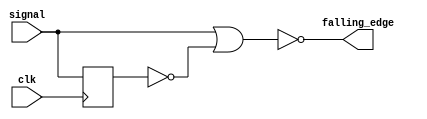
`timescale 1ns / 1ps
//////////////////////////////////////////////////////////////////////////////////
// Company: 
// Engineer: 
// 
// Design Name: 
// Module Name: falling_edge_detector_module
// Project Name: 
// Target Devices: 
// Tool Versions: 
// Description: 
// 
// Dependencies: 
// 
// Revision:
// Revision 0.01 - File Created
// Additional Comments:
// 
//////////////////////////////////////////////////////////////////////////////////


module falling_edge_detector_module(
    input signal,
    input clk,
    output falling_edge
);

reg signal_delay;

always @ (posedge clk)
begin
    signal_delay <= signal;
end    

assign falling_edge = ~(signal | ~signal_delay);

endmodule